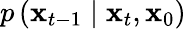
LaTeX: p\left(\mathbf{x}_{t-1}\mid\mathbf{x}_{t},\mathbf{x}_{0}\right)